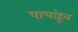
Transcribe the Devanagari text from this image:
पाचांहून